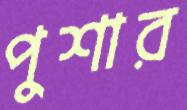
পুশার